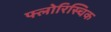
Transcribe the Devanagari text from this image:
फ्लोरिस्चिक